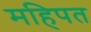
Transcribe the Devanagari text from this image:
महिपत